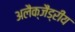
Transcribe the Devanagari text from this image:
अलैक्जैंड्रीय